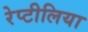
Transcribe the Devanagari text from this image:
रेप्टीलिया